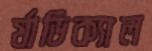
র‍্যাডিক্যাল